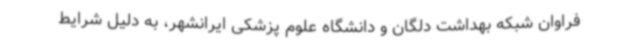
فراوان شبکه بهداشت دلگان و دانشگاه علوم پزشکی ایرانشهر، به دلیل شرایط